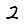
Digit: 2